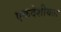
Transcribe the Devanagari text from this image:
एकदेशीयता